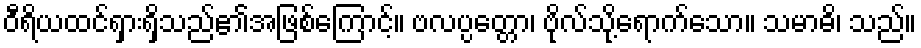
ဝီရိယထင်ရှားရှိသည်၏အဖြစ်ကြောင့်။ ဗလပ္ပတ္တော၊ ဗိုလ်သို့ရောက်သော။ သမာဓိ၊ သည်။